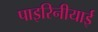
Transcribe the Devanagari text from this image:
पाइरिनीयाई